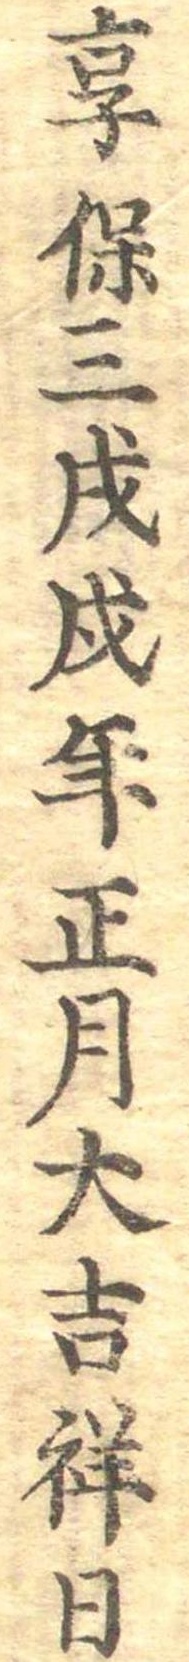
享保三戌戌年正月大吉祥日